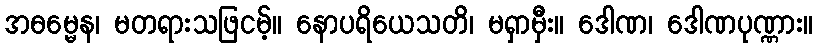
အဓမ္မေန၊ မတရားသဖြငမ့်။ နောပရိယေသတိ၊ မရှာမှီး။ ဒေါဏ၊ ဒေါဏပုဏ္ဏား။